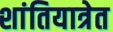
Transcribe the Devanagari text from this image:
शांतियात्रेत